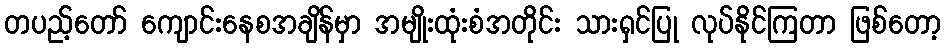
တပည့်တော် ကျောင်းနေစအချိန်မှာ အမျိုးထုံးစံအတိုင်း သားရှင်ပြု လုပ်နိုင်ကြတာ ဖြစ်တော့